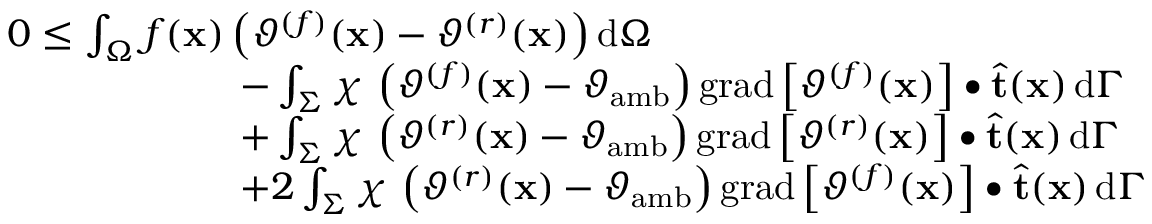
\begin{array} { r l } & { 0 \leq \int _ { \Omega } f ( \mathbf { x } ) \left( \vartheta ^ { ( f ) } ( \mathbf { x } ) - \vartheta ^ { ( r ) } ( \mathbf { x } ) \right) \mathrm { d } \Omega } \\ & { \qquad \qquad \qquad - \int _ { \Sigma } \chi \, \left( \vartheta ^ { ( f ) } ( \mathbf { x } ) - \vartheta _ { \mathrm { a m b } } \right) \mathrm { g r a d } \left[ \vartheta ^ { ( f ) } ( \mathbf { x } ) \right] \bullet \widehat { \mathbf { t } } ( \mathbf { x } ) \, \mathrm { d } \Gamma } \\ & { \qquad \qquad \qquad + \int _ { \Sigma } \chi \, \left( \vartheta ^ { ( r ) } ( \mathbf { x } ) - \vartheta _ { \mathrm { a m b } } \right) \mathrm { g r a d } \left[ \vartheta ^ { ( r ) } ( \mathbf { x } ) \right] \bullet \widehat { \mathbf { t } } ( \mathbf { x } ) \, \mathrm { d } \Gamma } \\ & { \qquad \qquad \qquad + 2 \int _ { \Sigma } \chi \, \left( \vartheta ^ { ( r ) } ( \mathbf { x } ) - \vartheta _ { \mathrm { a m b } } \right) \mathrm { g r a d } \left[ \vartheta ^ { ( f ) } ( \mathbf { x } ) \right] \bullet \widehat { \mathbf { t } } ( \mathbf { x } ) \, \mathrm { d } \Gamma } \end{array}